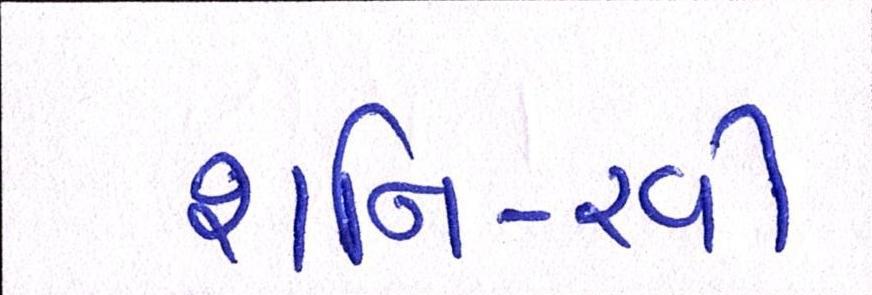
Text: શનિ-રવી